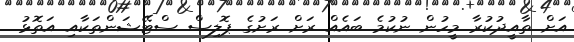
އަށް ތާއީދުކުރާ މީހުން ނުކުމެ ބައެއް ރަށް ރަށުގެ ޕޮލިސް ސްޓޭޝަންތަކާއި އަތޮޅު